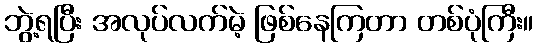
ဘွဲ့ရပြီး အလုပ်လက်မဲ့ ဖြစ်နေကြတာ တစ်ပုံကြီး။